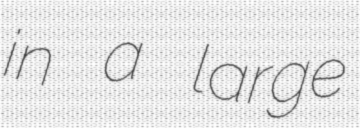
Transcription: in a large